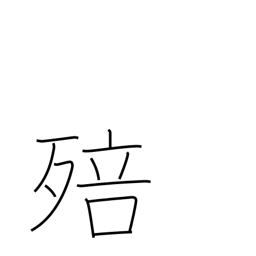
Meaning: grow mouldy